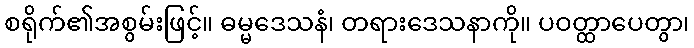
စရိုက်၏အစွမ်းဖြင့်။ ဓမ္မဒေသနံ၊ တရားဒေသနာကို။ ပဝတ္ထာပေတွာ၊